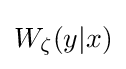
\textstyle W_{\zeta }(y|x)